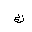
Letter: _kaf